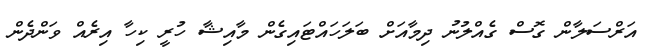
އަރްސަލާން ގޮސް ގެއްލުނު ދިމާއަށް ބަލަހައްޓައިގެން މާއިޝާ ހުރީ ކިހާ އިރެއް ވަންދެން